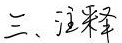
三、注释